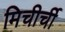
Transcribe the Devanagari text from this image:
मिचीर्ची